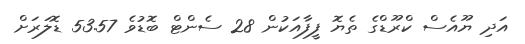
އަދި ޔޫއެސް ކްރޫޑްގެ ތެޔޮ ފީފާއަކުން 28 ސެންޓް ބޮޑުވެ 53.57 ޑޮލަރަށް